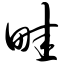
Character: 畦